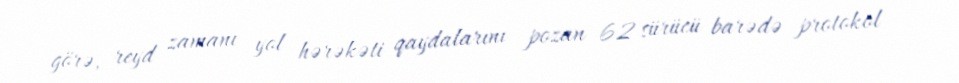
görə, reyd zamanı yol hərəkəti qaydalarını pozan 62 sürücü barədə protokol